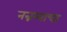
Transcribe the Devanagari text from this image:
नन्नय्याचा